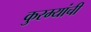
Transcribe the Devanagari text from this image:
कुरम्यांची